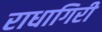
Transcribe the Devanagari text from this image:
राधागिरी